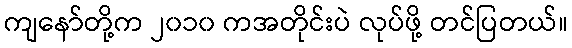
ကျနော်တို့က ၂၀၁၀ ကအတိုင်းပဲ လုပ်ဖို့ တင်ပြတယ်။